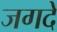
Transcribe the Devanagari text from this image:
जगदे